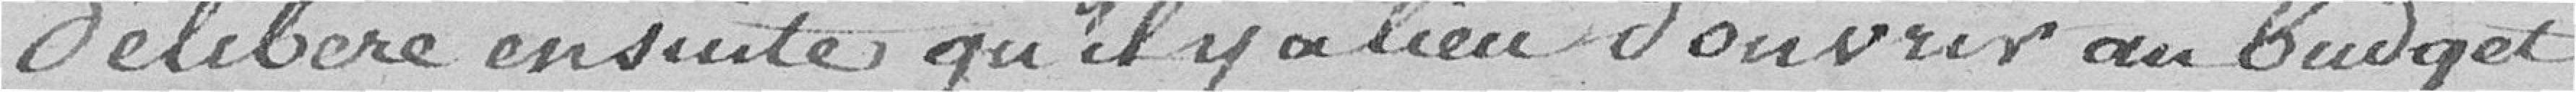
délibère ensuite qu'il y a lieu d'ouvrir au budget